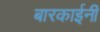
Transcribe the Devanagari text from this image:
बारकाईनी